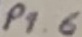
Text: P1.6